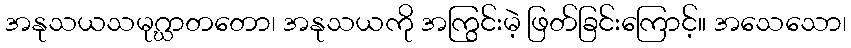
အနုသယသမုဂ္ဃာတတော၊ အနုသယကို အကြွင်းမဲ့ ဖြတ်ခြင်းကြောင့်။ အသေသော၊